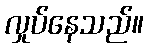
လှုပ်နေသည်။